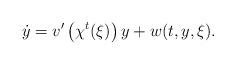
LaTeX: \begin{align*}\dot{y} & =v^{\prime}\left(\chi^{t}(\xi)\right)y+w(t,y,\xi).\end{align*}